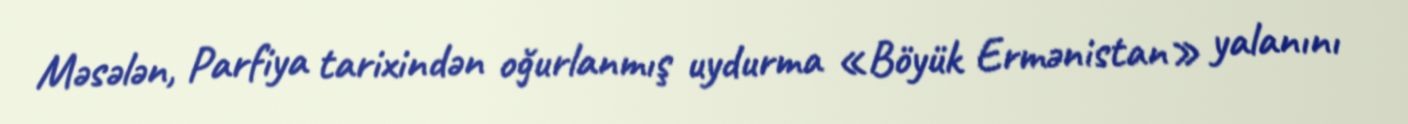
Məsələn, Parfiya tarixindən oğurlanmış uydurma «Böyük Ermənistan» yalanını